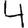
Digit: 4